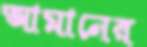
আমানের